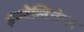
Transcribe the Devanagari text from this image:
इण्टेलिजेन्स